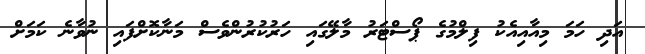
އަދި ހަމަ މިއާއިއެކު ފިލްމުގެ ޕޯސްޓަރު މާލޭގައި ހަރުކުރުންވެސް މަނާކޮށްފައި ނުވާނެ ކަމަށް